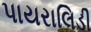
પાયરાલિડી